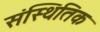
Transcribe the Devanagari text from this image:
संस्थितिक